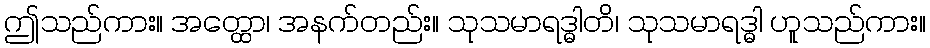
ဤသည်ကား။ အတ္ထော၊ အနက်တည်း။ သုသမာရဒ္ဓါတိ၊ သုသမာရဒ္ဓါ ဟူသည်ကား။